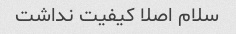
سلام اصلا کیفیت نداشت